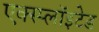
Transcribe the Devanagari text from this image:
एक्स्प्लाॅइटेड